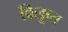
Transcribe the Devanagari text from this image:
विलूप्त